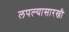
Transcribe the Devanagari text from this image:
लपल्यासारखी